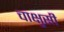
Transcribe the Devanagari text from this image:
चाक्षुसी